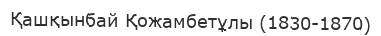
Қашқынбай Қожамбетұлы (1830-1870)